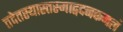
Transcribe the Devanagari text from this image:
तदेतस्यास्तस्माद्वदनकमलं